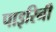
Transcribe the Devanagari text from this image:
पाइरिनी